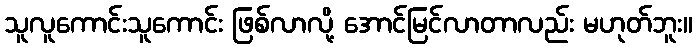
သူလူကောင်းသူကောင်း ဖြစ်လာလို့ အောင်မြင်လာတာလည်း မဟုတ်ဘူး။